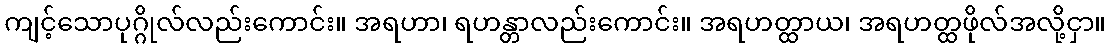
ကျင့်သောပုဂ္ဂိုလ်လည်းကောင်း။ အရဟာ၊ ရဟန္တာလည်းကောင်း။ အရဟတ္ထာယ၊ အရဟတ္ထဖိုလ်အလို့ငှာ။